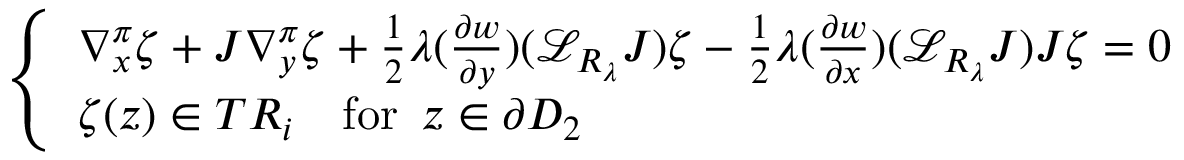
\left\{ \begin{array} { l l } { \nabla _ { x } ^ { \pi } \zeta + J \nabla _ { y } ^ { \pi } \zeta + \frac { 1 } { 2 } \lambda ( \frac { \partial w } { \partial y } ) ( { \mathcal L } _ { R _ { \lambda } } J ) \zeta - \frac { 1 } { 2 } \lambda ( \frac { \partial w } { \partial x } ) ( { \mathcal L } _ { R _ { \lambda } } J ) J \zeta = 0 } \\ { \zeta ( z ) \in T R _ { i } \quad \mathrm { f o r ~ } \, z \in \partial D _ { 2 } } \end{array} \right.